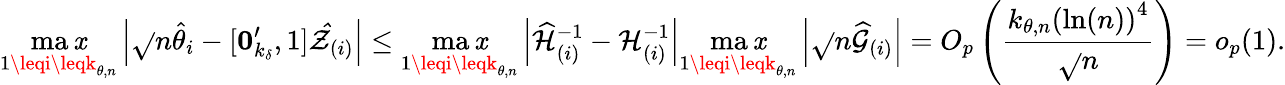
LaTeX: \operatorname*{ma\mathit{x}}_{1\leqi\leqk_{\theta,n}}\left\vert\sqrt{}{{n}}\hat{{\theta}}_{i}-[\boldsymbol{0}_{k_{\delta}}^{\prime},1]\mathcal{{\hat{{Z}}}}_{(i)}\right\vert\leq\operatorname*{ma\mathit{x}}_{1\leqi\leqk_{\theta,n}}\left\vert\widehat{{\mathcal{{H}}}}_{(i)}^{-1}-\mathcal{{H}}_{(i)}^{-1}\right\vert\operatorname*{ma\mathit{x}}_{1\leqi\leqk_{\theta,n}}\left\vert\sqrt{}{{n}}\widehat{{\mathcal{{G}}}}_{(i)}\right\vert=O_{p}\left(\frac{{k_{\theta,n}\left(\ln(n)\right)^{4}}}{{\sqrt{}{{n}}}}\right)=o_{p}(1).